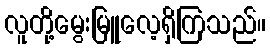
လူတို့မွေးမြူလေ့ရှိကြသည်။